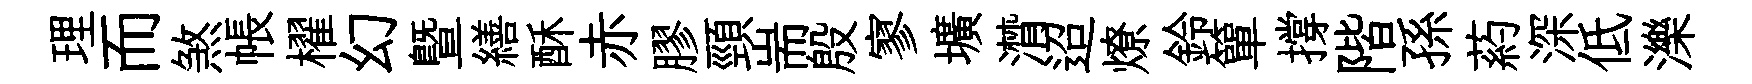
理而煞帳櫂幻暨繕酥赤膠頸耑殷寥壙潸迢燎鈴簞撐階孫葯深低濼